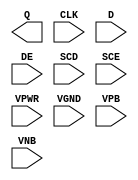
/**
 * Copyright 2020 The SkyWater PDK Authors
 *
 * Licensed under the Apache License, Version 2.0 (the "License");
 * you may not use this file except in compliance with the License.
 * You may obtain a copy of the License at
 *
 *     https://www.apache.org/licenses/LICENSE-2.0
 *
 * Unless required by applicable law or agreed to in writing, software
 * distributed under the License is distributed on an "AS IS" BASIS,
 * WITHOUT WARRANTIES OR CONDITIONS OF ANY KIND, either express or implied.
 * See the License for the specific language governing permissions and
 * limitations under the License.
 *
 * SPDX-License-Identifier: Apache-2.0
 */

`ifndef SKY130_FD_SC_MS__SEDFXTP_PP_BLACKBOX_V
`define SKY130_FD_SC_MS__SEDFXTP_PP_BLACKBOX_V

/**
 * sedfxtp: Scan delay flop, data enable, non-inverted clock,
 *          single output.
 *
 * Verilog stub definition (black box with power pins).
 *
 * WARNING: This file is autogenerated, do not modify directly!
 */

`timescale 1ns / 1ps
`default_nettype none

(* blackbox *)
module sky130_fd_sc_ms__sedfxtp (
    Q   ,
    CLK ,
    D   ,
    DE  ,
    SCD ,
    SCE ,
    VPWR,
    VGND,
    VPB ,
    VNB
);

    output Q   ;
    input  CLK ;
    input  D   ;
    input  DE  ;
    input  SCD ;
    input  SCE ;
    input  VPWR;
    input  VGND;
    input  VPB ;
    input  VNB ;
endmodule

`default_nettype wire
`endif  // SKY130_FD_SC_MS__SEDFXTP_PP_BLACKBOX_V